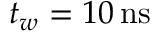
t _ { w } = 1 0 \, \mathrm { n s }